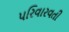
પરિવારવતી